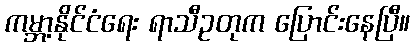
ကမ္ဘာ့နိုင်ငံရေး ရာသီဥတုက ပြောင်းနေပြီ။